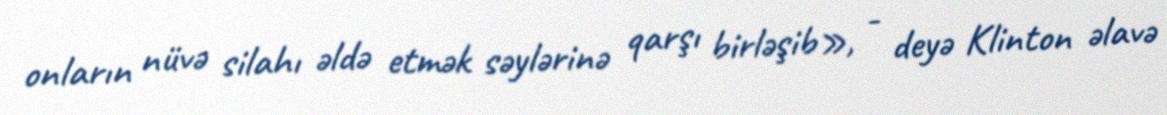
onların nüvə silahı əldə etmək səylərinə qarşı birləşib», - deyə Klinton əlavə